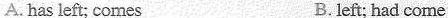
A. has left; comes B. left; had come